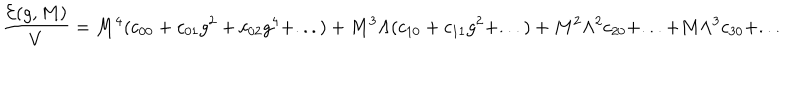
\frac { { \cal E } ( g , M ) } { V } = M ^ { 4 } ( c _ { 0 0 } + c _ { 0 1 } g ^ { 2 } + c _ { 0 2 } g ^ { 4 } + . . . ) + M ^ { 3 } \Lambda ( c _ { 1 0 } + c _ { 1 1 } g ^ { 2 } + . . . ) + M ^ { 2 } \Lambda ^ { 2 } c _ { 2 0 } + . . . + M \Lambda ^ { 3 } c _ { 3 0 } + . . .